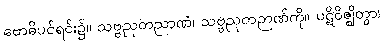
ဗောဓိပင်ရင်း၌။ သဗ္ဗညုတညာဏံ၊ သဗ္ဗညုတဉာဏ်ကို။ ပဋိဝိဇ္ဈိတွာ၊